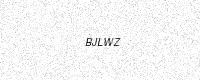
Text: BJLWZ